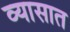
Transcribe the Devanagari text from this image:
व्यासात